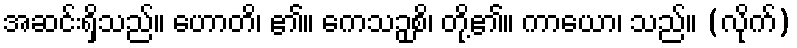
အဆင်းရှိသည်။ ဟောတိ၊ ၏။ ကေသဉှစိ၊ တို့၏။ ကာယော၊ သည်။ (လိုက်)